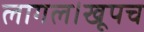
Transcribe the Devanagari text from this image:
लागल।खूपच